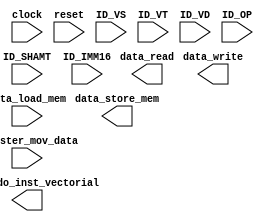
//*** Instruction Set Definition in file "instruction_set.v" ***//
//*** TOP LEVEL MODULE ***//
module procesador_vectorial( clock, reset, data_read, data_write,
resultado_inst_vectorial, data_store_mem, data_load_mem, ID_VS, ID_VT, ID_VD,
ID_SHAMT, ID_OP, ID_IMM16, register_mov_data);


// Parameters
parameter pWIDTH = 8; //pWIDTH se cambia a 8 debido a que cada elemento del vector guarda 8 bits
parameter numero_registros_vectoriales = 16; //Es el numero de registros vectoriales
parameter numero_elementos_registro = 4; //es el numero de elementos en cada registro vectorial
parameter numero_lanes = 4; //es el numero de lanes vectoriales
parameter vp_over_vr_width = 1; //es el resultado de la division vp/vr el cual indica el numero de ejecuciones en total
parameter vp_over_vr_minus1 = (numero_elementos_registro/numero_lanes)-1; //

//Estos son las entradas y salidas de los lane vectoriales(ALUS VECTORIALES)
wire [(pWIDTH*numero_lanes)-1:0] LANE_OUT_VAL; //Wire que contiene el valor de salida del lane
wire [(pWIDTH*numero_lanes)-1:0] data_store_val; //Wire que contiene el valor del STORE.V

// Data Memory Control Signals Seales de control para la memoria de datos
wor mem_write_wire; //wire que indica a la memoria si debe escribir
wor mem_read_wire; //wire que indica a la memoria si debe leer


// Module IOs: Aqui se definen todas las entradas y salidas ya explicadas al inicio
input [4:0] ID_VS; //Contiene el valor del registro vectorial Vs 
input [4:0] ID_VT; //Contiene el valor del registro vectorial Vt
input [4:0] ID_VD; //Contiene el valor del registro vectorial Vd
input [11:0] ID_SHAMT; //Contiene el valor del shamt
input [4:0] ID_OP; //Contiene el valor del opcode
input [15:0] ID_IMM16; //Contiene el valor del inmediato
input [31:0] register_mov_data; //Contiene el valor del registro escalar al cual se le va a aplicar el MOV a un reg vectorial 
input clock;
input reset;
input [(pWIDTH*numero_lanes)-1:0] data_load_mem; //Contiene los datos a escribir en el registro cuando se hace un load
output data_read; //Seal de salida que le indica a la memoria de datos que debe leer, se activa cuando hago un Load
output data_write; //Seal de salida que le indica a la memoria de datos que debe escribir
output [(pWIDTH*numero_lanes)-1:0] resultado_inst_vectorial; //Resultado de la operacion vectorial
output [31:0] data_store_mem; //Valor que se va a escribir en la memoria cuando se realiza un Store


	
assign data_read = mem_read_wire; //seal que le indica a la memoria que debe leer datos de la memoria
assign data_write = mem_write_wire; //seal que le indica a la memoria que se debe escribir el dato
assign resultado_inst_vectorial = LANE_OUT_VAL; //guarda el resultado vectorial calculado por la instruccion

// asigna los datos a escribir en memoria cuando se hace un store
assign data_store_mem = data_store_val; 
assign update_enable = (mem_read_wire) ? 1'b0 : 1'b1 ; //Actualiza el archivo de registros vectoriales



endmodule